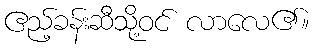
ဧည့်ခန်းဆီသို့ဝင် လာလေ၏။